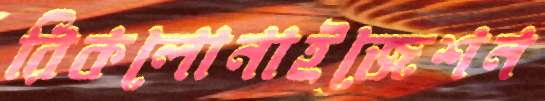
রিকলোনাইজেশন